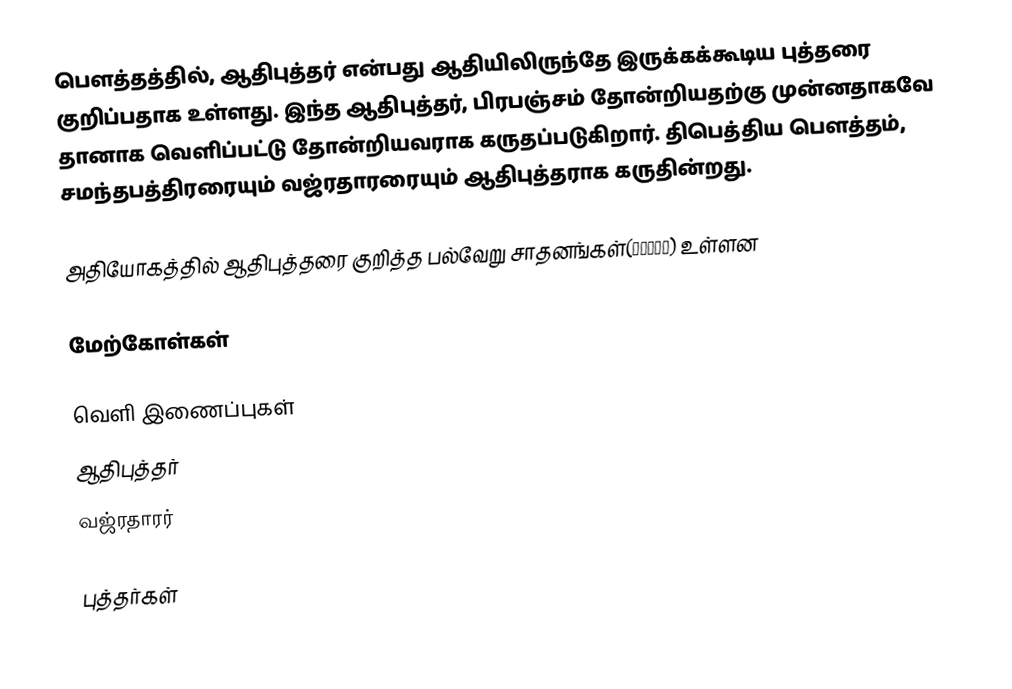
பௌத்தத்தில், ஆதிபுத்தர் என்பது ஆதியிலிருந்தே இருக்கக்கூடிய புத்தரை குறிப்பதாக உள்ளது. இந்த ஆதிபுத்தர், பிரபஞ்சம் தோன்றியதற்கு முன்னதாகவே தானாக வெளிப்பட்டு தோன்றியவராக கருதப்படுகிறார். திபெத்திய பௌத்தம், சமந்தபத்திரரையும் வஜ்ரதாரரையும் ஆதிபுத்தராக கருதின்றது.

அதியோகத்தில் ஆதிபுத்தரை குறித்த பல்வேறு சாதனங்கள்(साधनं) உள்ளன

மேற்கோள்கள்

வெளி இணைப்புகள்
ஆதிபுத்தர்
வஜ்ரதாரர்

புத்தர்கள்